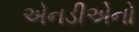
એનડીએનો